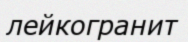
лейкогранит